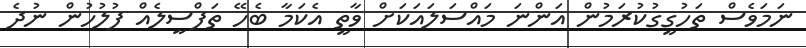
ނަމަވެސް ތަހުގީގުކުރަމުން އަންނަ މައްސަލައަކަށް ވާތީ އެކަމާ ބެހޭ ތަފްސީލެއް ފުލުހުން ނުދެ